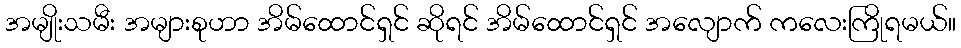
အမျိုးသမီး အများစုဟာ အိမ်ထောင်ရှင် ဆိုရင် အိမ်ထောင်ရှင် အလျောက် ကလေးကြိုရမယ်။